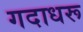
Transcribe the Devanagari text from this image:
गदाधरू